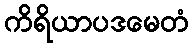
ကိရိယာပဒမေတံ